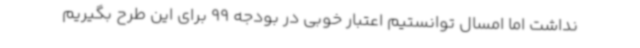
نداشت اما امسال توانستیم اعتبار خوبی در بودجه 99 برای این طرح بگیریم